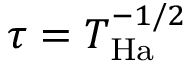
\tau = T _ { \mathrm { H a } } ^ { - 1 / 2 }